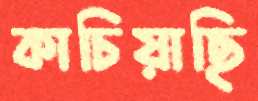
কাচিয়াছি